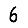
Digit: 6